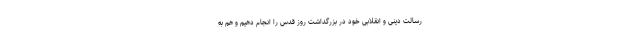
رسالت دینی و انقلابی خود در بزرگداشت روز قدس را انجام دهیم و هم به